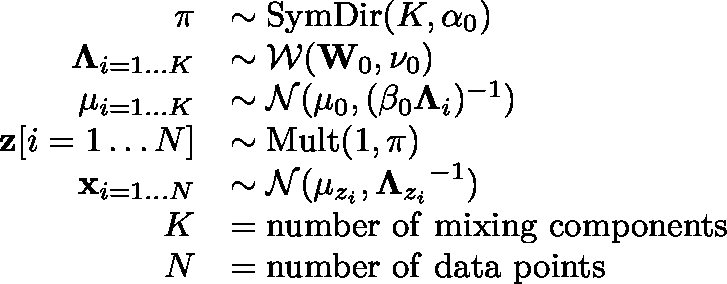
{ \begin{array} { r l } { \mathbf { \pi } } & { \sim \operatorname { S y m D i r } ( K , \alpha _ { 0 } ) } \\ { \mathbf { \Lambda } _ { i = 1 \dots K } } & { \sim { \mathcal { W } } ( \mathbf { W } _ { 0 } , \nu _ { 0 } ) } \\ { \mathbf { \mu } _ { i = 1 \dots K } } & { \sim { \mathcal { N } } ( \mathbf { \mu } _ { 0 } , ( \beta _ { 0 } \mathbf { \Lambda } _ { i } ) ^ { - 1 } ) } \\ { \mathbf { z } [ i = 1 \dots N ] } & { \sim \operatorname { M u l t } ( 1 , \mathbf { \pi } ) } \\ { \mathbf { x } _ { i = 1 \dots N } } & { \sim { \mathcal { N } } ( \mathbf { \mu } _ { z _ { i } } , { \mathbf { \Lambda } _ { z _ { i } } } ^ { - 1 } ) } \\ { K } & { = { \mathrm { n u m b e r ~ o f ~ m i x i n g ~ c o m p o n e n t s } } } \\ { N } & { = { \mathrm { n u m b e r ~ o f ~ d a t a ~ p o i n t s } } } \end{array} }